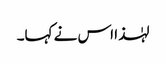
لہٰذا اس نے کہا۔